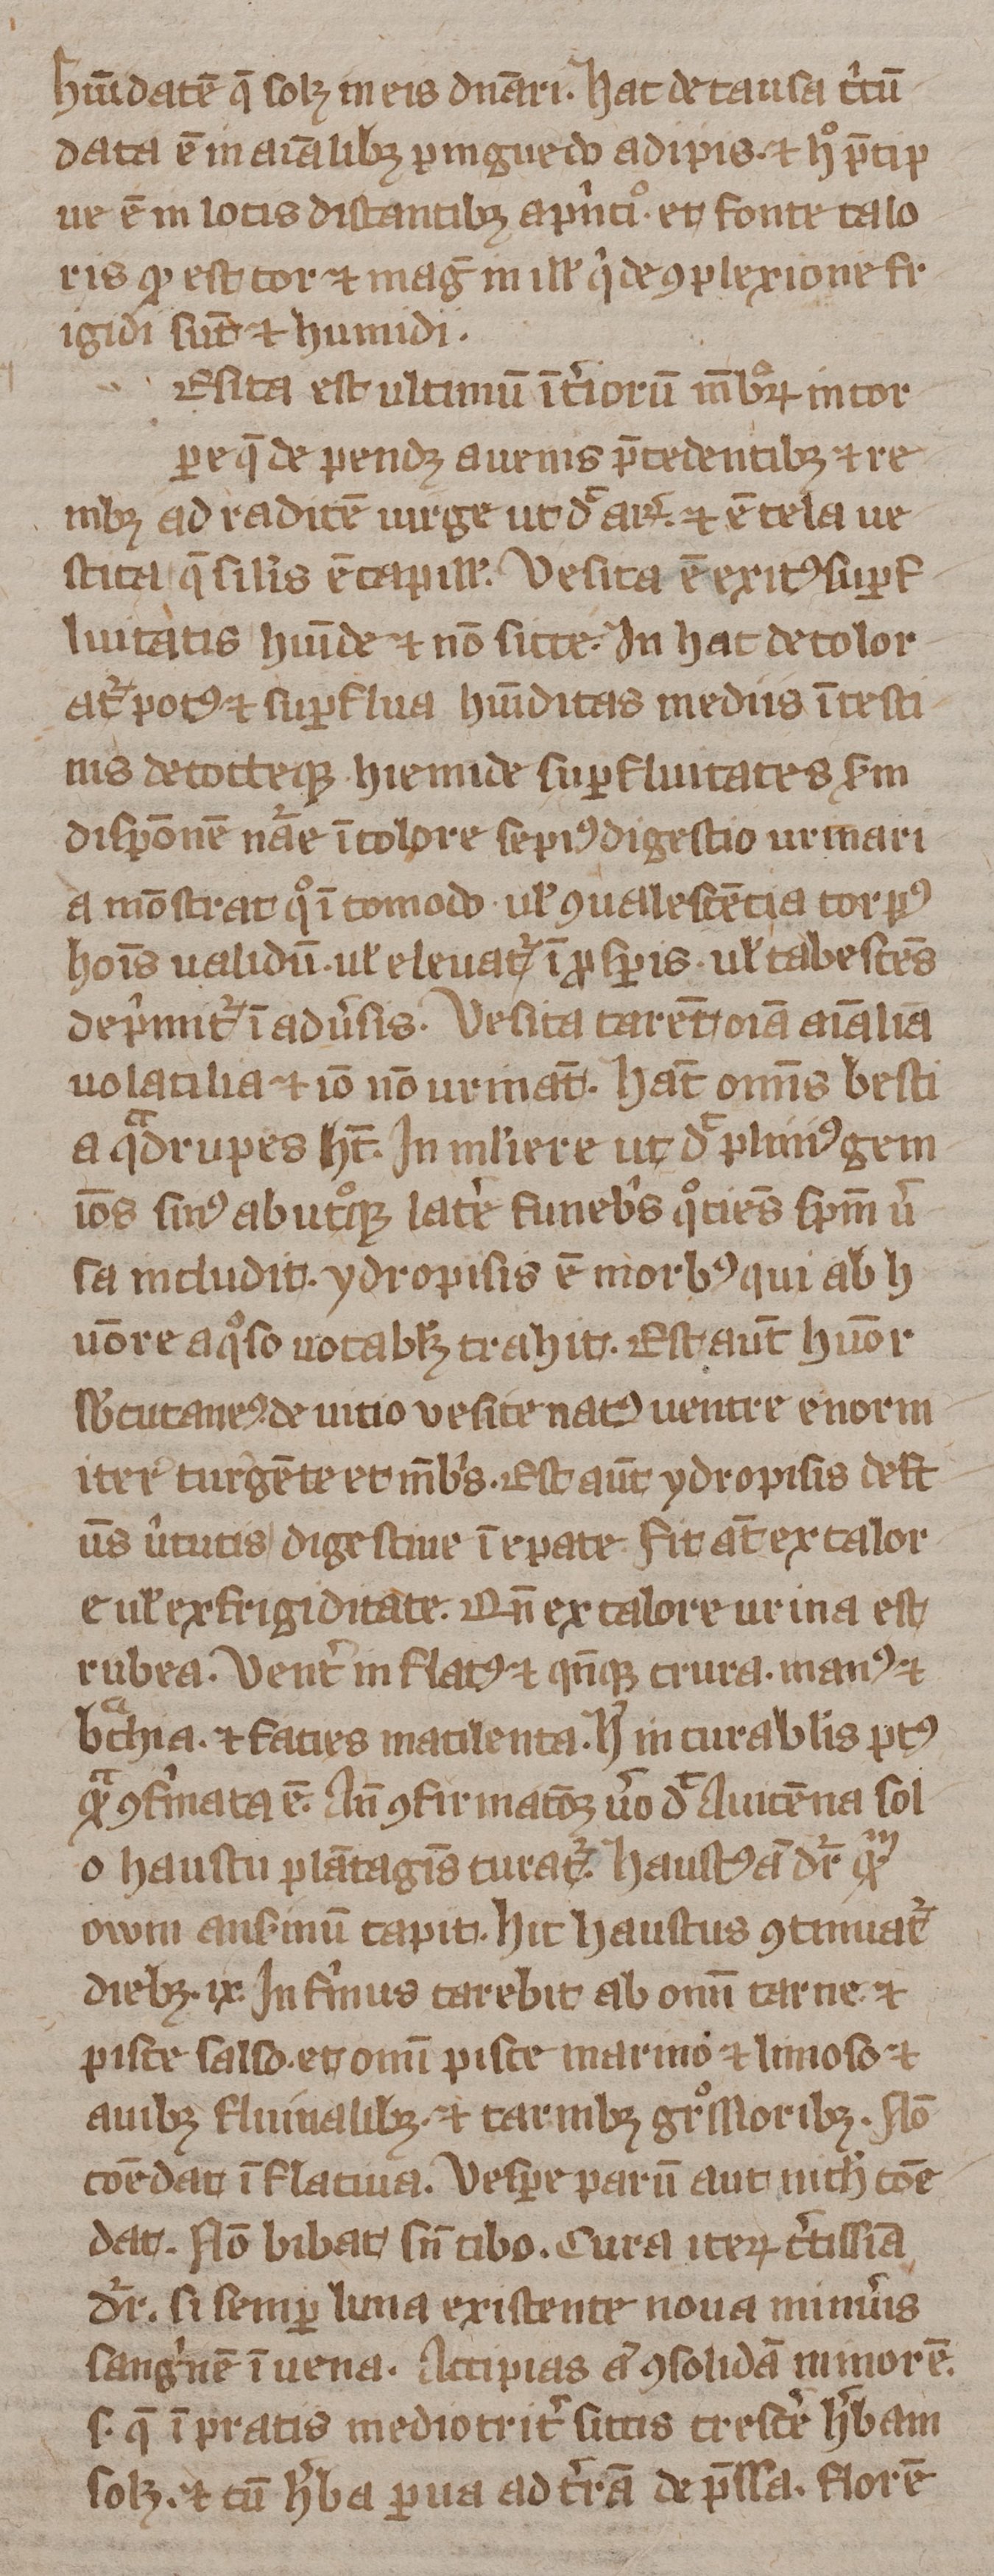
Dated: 1350–1424